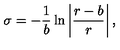
\sigma = - \frac { 1 } { b } \ln \left| \frac { r - b } { r } \right| ,